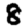
Digit: 8